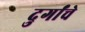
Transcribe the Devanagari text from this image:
दुर्गांचे